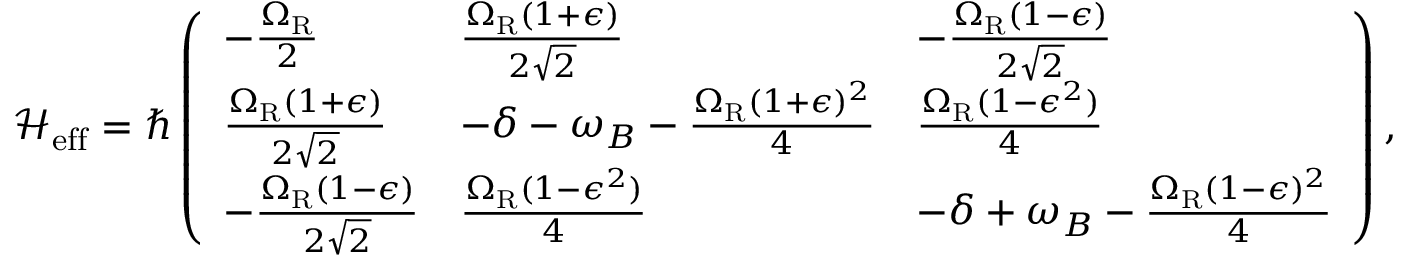
\mathcal { H } _ { \mathrm { e f f } } = \hbar \left( \begin{array} { l l l } { - \frac { \Omega _ { \mathrm { R } } } { 2 } } & { \frac { \Omega _ { \mathrm { R } } ( 1 + \epsilon ) } { 2 \sqrt { 2 } } } & { - \frac { \Omega _ { \mathrm { R } } ( 1 - \epsilon ) } { 2 \sqrt { 2 } } } \\ { \frac { \Omega _ { \mathrm { R } } ( 1 + \epsilon ) } { 2 \sqrt { 2 } } } & { - \delta - \omega _ { B } - \frac { \Omega _ { \mathrm { R } } ( 1 + \epsilon ) ^ { 2 } } { 4 } } & { \frac { \Omega _ { \mathrm { R } } ( 1 - \epsilon ^ { 2 } ) } { 4 } } \\ { - \frac { \Omega _ { \mathrm { R } } ( 1 - \epsilon ) } { 2 \sqrt { 2 } } } & { \frac { \Omega _ { \mathrm { R } } ( 1 - \epsilon ^ { 2 } ) } { 4 } } & { - \delta + \omega _ { B } - \frac { \Omega _ { \mathrm { R } } ( 1 - \epsilon ) ^ { 2 } } { 4 } } \end{array} \right) ,